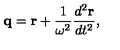
{ \bf q } = { \bf r } + { \frac { 1 } { \omega ^ { 2 } } } { \frac { d ^ { 2 } { \bf r } } { d t ^ { 2 } } } ,